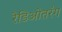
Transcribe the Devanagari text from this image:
रेडिओतरंग